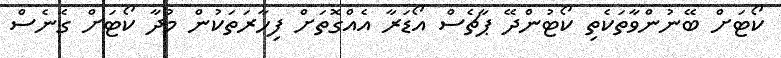
ކޯޓަށް ބޭނުންވާތަކެތި ކޯޓުންދޭ ޕާޗެސް އޯޑަރާ އެއްގޮތަށް ފިހާރަތަކުން މުދާ ކޯޓަށް ގެނެސް